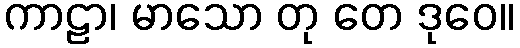
ကာဠာ၊ မာသော တု တေ ဒုဝေ။